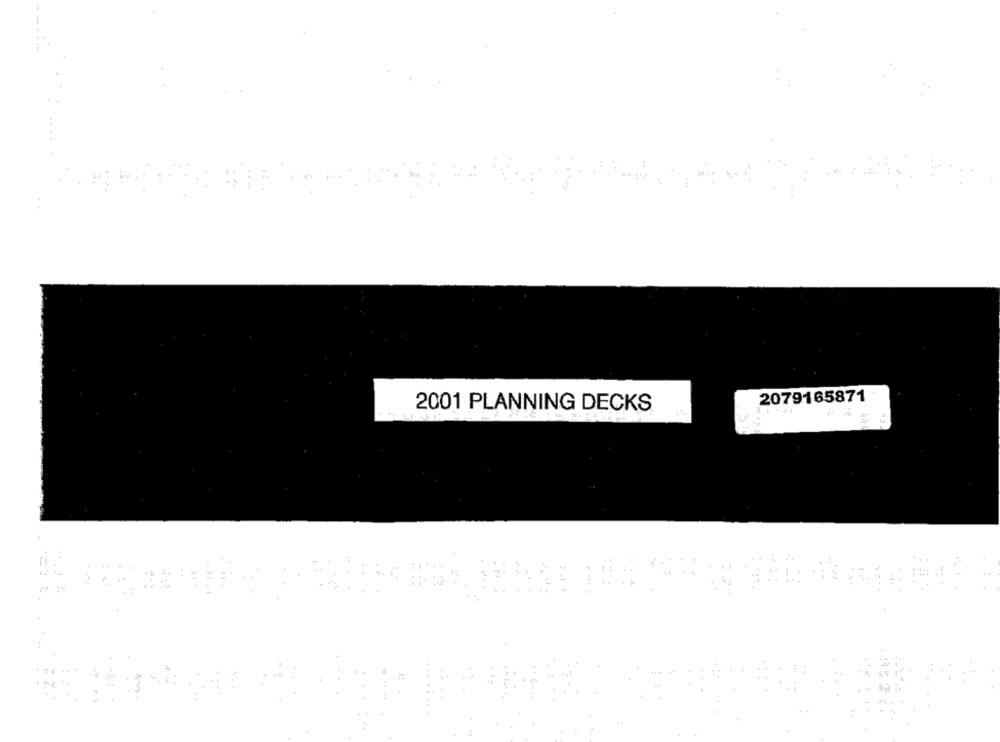
2079165871
2001 PLANNING DECKS
ri
11+
+T#
1
4
4